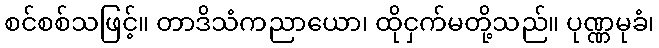
စင်စစ်သဖြင့်။ တာဒိသံကညာယော၊ ထိုငှက်မတို့သည်။ ပုဏ္ဏမုခံ၊